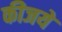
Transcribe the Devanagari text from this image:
कीजये